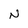
Character: N